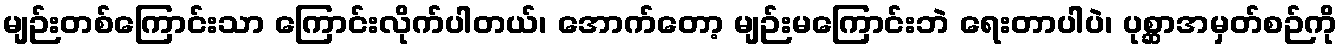
မျဉ်းတစ်ကြောင်းသာ ကြောင်းလိုက်ပါတယ်၊ အောက်တော့ မျဉ်းမကြောင်းဘဲ ရေးတာပါပဲ၊ ပုစ္ဆာအမှတ်စဉ်ကို